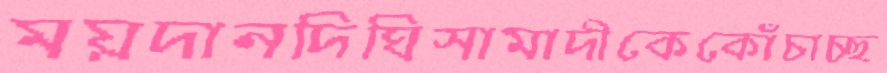
ময়দানদিঘিসামাদীকেকোঁচাচ্ছ